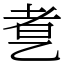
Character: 乽